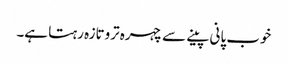
خوب پانی پینے سے چہرہ تروتازہ رہتا ہے۔